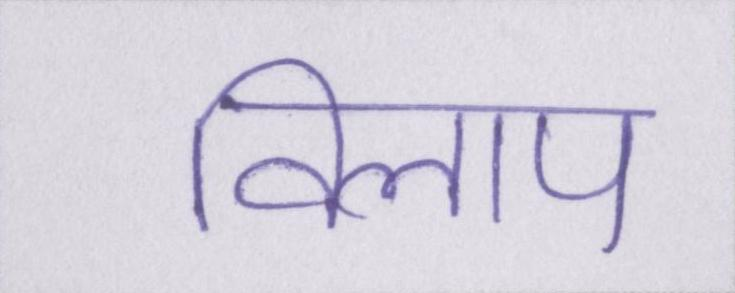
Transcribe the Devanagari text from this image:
विलाप